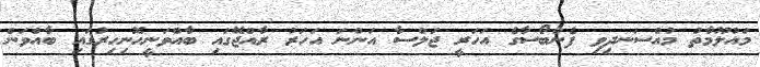
މައުލޫމާތު މުއްސަނދިވި ފެންބޯސާގެ އަހަރީ ޖަލްސާ އަންނަ އަހަރު ރާއްޖޭގައި ބާއްވަނީހޮނިހިރުގައި ބާއްވަން